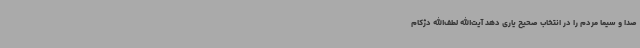
صدا و سیما مردم را در انتخاب صحیح یاری دهد آیت‌الله لطف‌الله دژکام